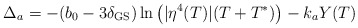
\begin{align*}\Delta_a = -(b_0-3\delta_{\rm GS}) \ln\left(|\eta^4(T)| (T+T^*)\right) - k_a Y(T)\end{align*}